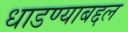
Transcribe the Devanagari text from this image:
धाडण्याबद्दल